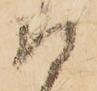
将